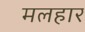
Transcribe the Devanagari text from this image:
मलहार